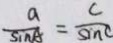
\frac { a } { \sin A } = \frac { c } { \sin C }